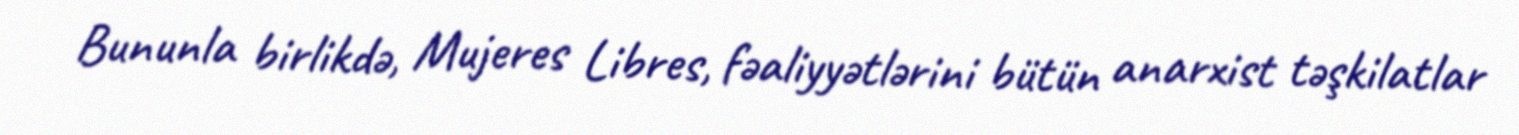
Bununla birlikdə, Mujeres Libres, fəaliyyətlərini bütün anarxist təşkilatlar